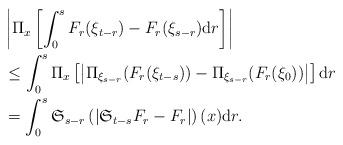
LaTeX: \begin{align*}&\left|\Pi_{x}\left[\int_{0}^{s}F_{r}(\xi_{t-r})-F_{r}(\xi_{s-r}){\rm d}r\right]\right|\\&\le\int_{0}^{s}\Pi_{x}\left[\left|\Pi_{\xi_{s-r}}(F_{r}(\xi_{t-s}))-\Pi_{\xi_{s-r}}(F_{r}(\xi_{0}))\right|\right]{\rm d}r\\&=\int_{0}^{s}\mathfrak{S}_{s-r}\left(\left|\mathfrak{S}_{t-s}F_{r}-F_{r}\right|\right)(x){\rm d}r.\end{align*}